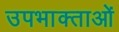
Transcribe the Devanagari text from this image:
उपभाक्ताओं